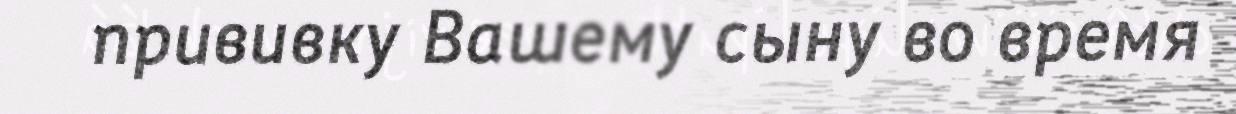
прививку Вашему сыну во время